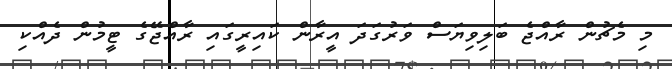
މި މެޗުން ރާއްޖެ ބަލިވިޔަސް ވަރުގަދަ އީރާން ކައިރީގައި ރާއްޖޭގެ ޓީމުން ދެއްކި